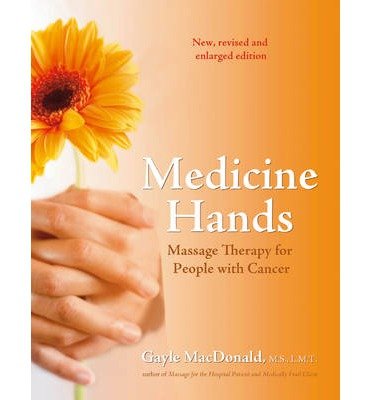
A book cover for [ Medicine Hands: Massage Therapy for People with Cancer (Revised) [ MEDICINE HANDS: MASSAGE THERAPY FOR PEOPLE WITH CANCER (REVISED) ] By MacDonald, Gayle ( Author )Jan-01-2007 Paperback; Gayle MacDonald; Medical Books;